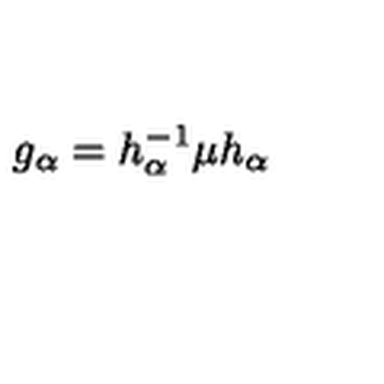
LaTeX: g _ { \alpha } = h _ { \alpha } ^ { - 1 } \mu h _ { \alpha }